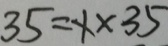
3 5 = x \times 3 5